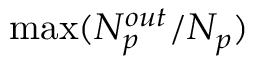
\operatorname* { m a x } ( N _ { p } ^ { o u t } / N _ { p } )